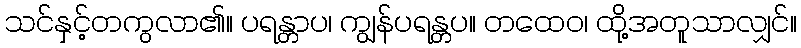
သင်နှင့်တကွလာ၏။ ပရန္တာပ၊ ကျွန်ပရန္တပ။ တထေဝ၊ ထို့အတူသာလျှင်။